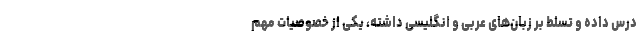
درس داده و تسلط بر زبان‌های عربی و انگلیسی داشته، یکی از خصوصیات مهم